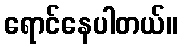
ရောင်နေပါတယ်။